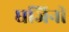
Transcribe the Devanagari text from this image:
घजिनी